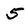
Character: 5